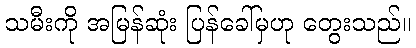
သမီးကို အမြန်ဆုံး ပြန်ခေါ်မှဟု တွေးသည်။